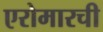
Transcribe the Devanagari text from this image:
एरोमारची